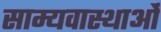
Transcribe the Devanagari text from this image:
साम्यवास्थाओं